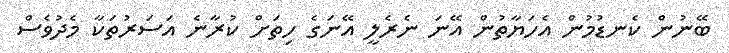
ބޭނުން ކެނޑުމުން އެހަޔާތުން އޭނަ ނެރެލީ އޭނަގެ ހިތަށް ކުރާނެ އަސަރުތަކާ މެދުވެސް